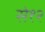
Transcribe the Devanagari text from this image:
से१२